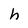
Character: h